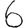
Digit: 6